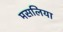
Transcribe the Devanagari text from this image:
मसलिया